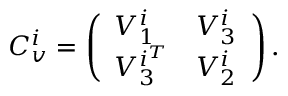
C _ { v } ^ { i } = \left( \begin{array} { l l } { V _ { 1 } ^ { i } } & { V _ { 3 } ^ { i } } \\ { V _ { 3 } ^ { i ^ { T } } } & { V _ { 2 } ^ { i } } \end{array} \right) .